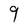
Character: 9